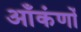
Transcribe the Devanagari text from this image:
आँकंणों